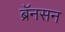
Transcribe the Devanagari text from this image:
ब्रॅनसन